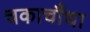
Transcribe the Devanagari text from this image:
चकाचौंधा